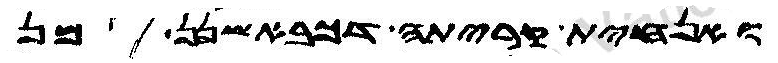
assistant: ואנחית קריתה דכבאשנן מן